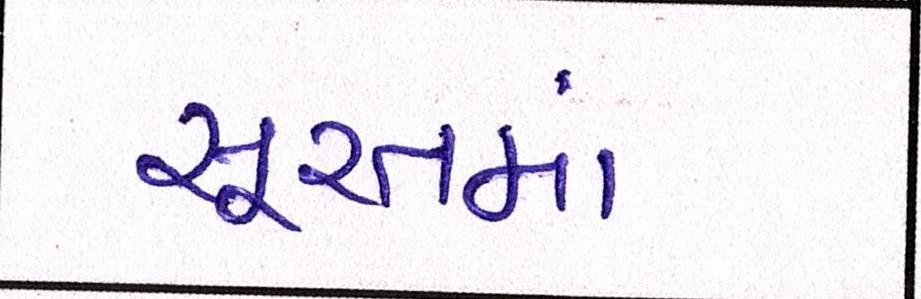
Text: સૂરતમાં